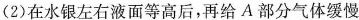
(2)在水银左右液面等高后，再给A部分气体缓慢